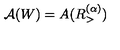
\mathcal { A } ( W ) = A ( R _ { > } ^ { ( \alpha ) } )